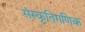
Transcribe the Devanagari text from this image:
संस्कृतिगणिक